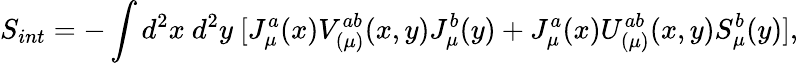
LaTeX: S_{int}=-\int d^{2}x~d^{2}y~[J_{\mu}^{a}(x)V_{(\mu)}^{ab}(x,y)J_{\mu}^{b}(y)+J_{\mu}^{a}(x)U_{(\mu)}^{ab}(x,y)S_{\mu}^{b}(y)],